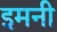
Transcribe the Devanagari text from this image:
इमनी